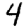
Digit: 4